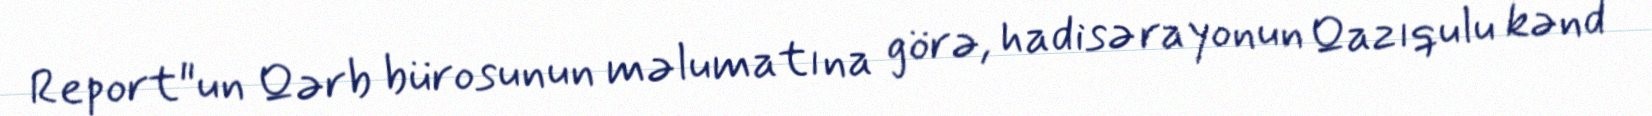
Report"un Qərb bürosunun məlumatına görə, hadisə rayonun Qazıqulu kənd